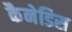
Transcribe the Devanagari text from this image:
कैनेडिस